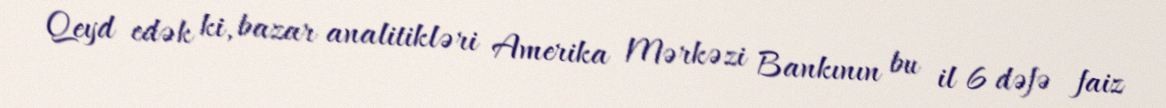
Qeyd edək ki, bazar analitikləri Amerika Mərkəzi Bankının bu il 6 dəfə faiz